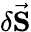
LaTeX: \delta\vec{\mathbf S}